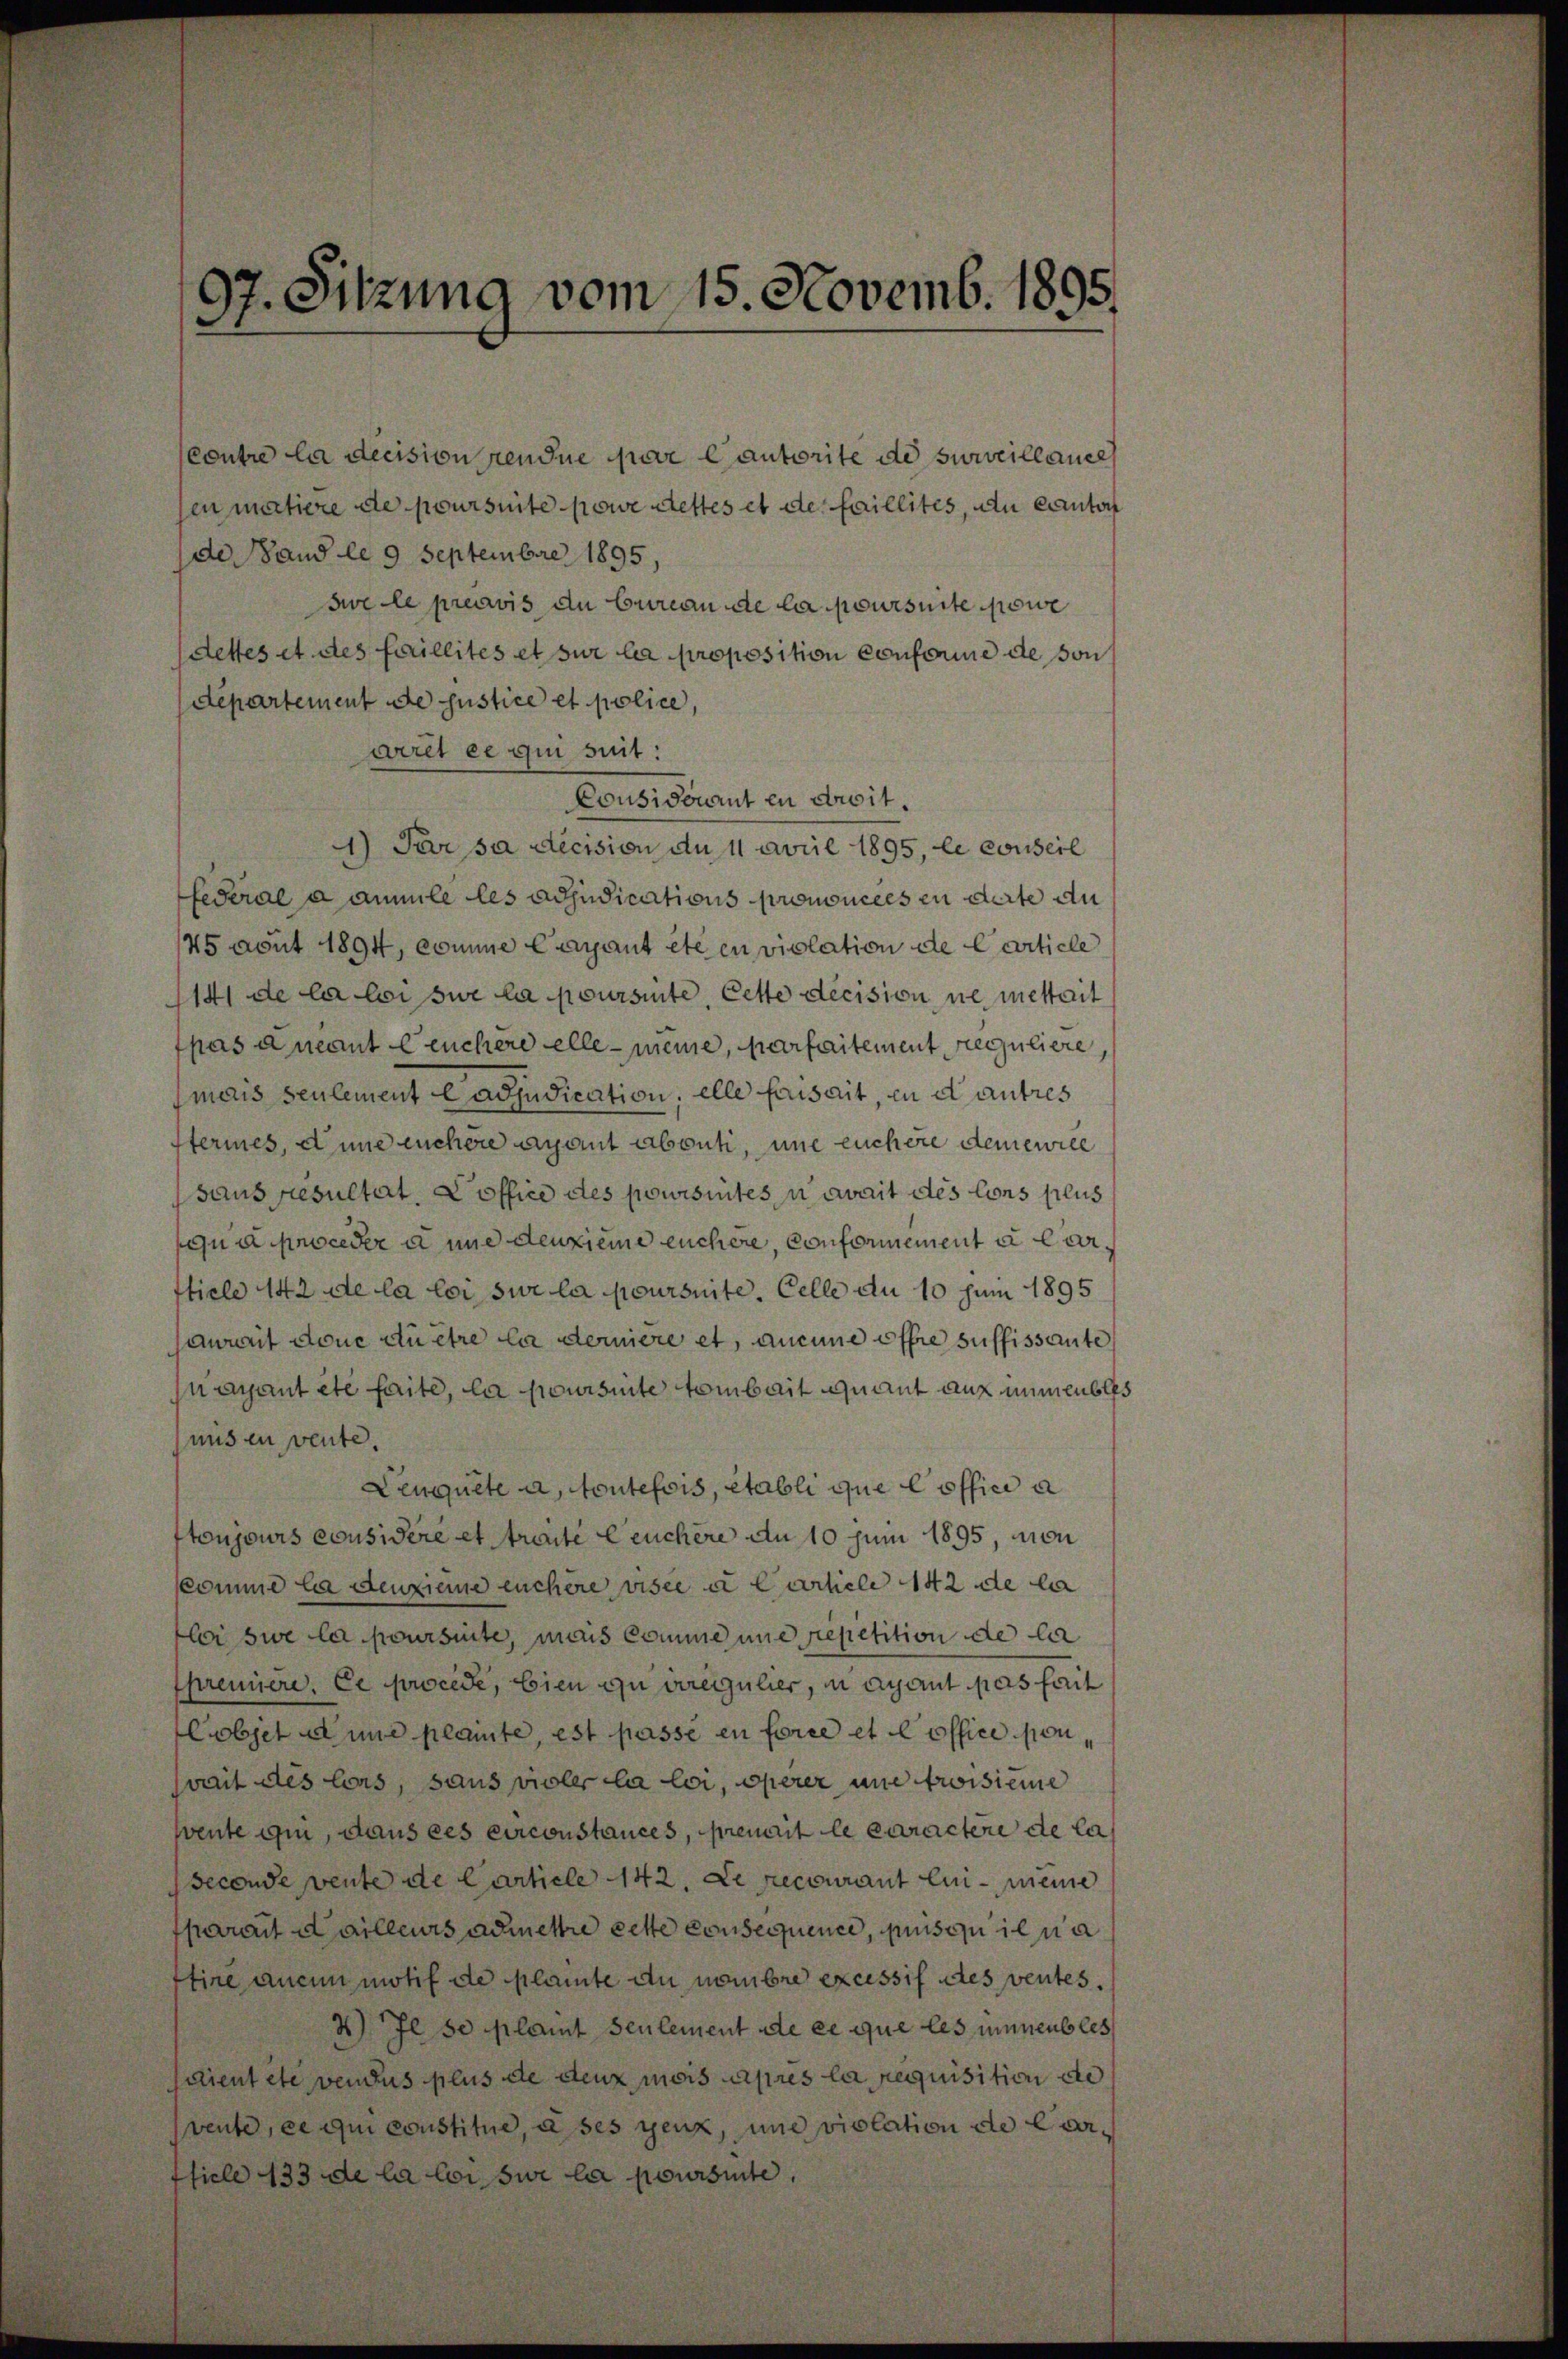
contre la decision rendue par Cantorite de surveillance
jen matiere de poursuite powe Stettes et de faillites, au Canton
de Hand le 9 Septembre 1895,
se le préavis du bureau de la poursuite sowe
dettes et des faillités et sur la proposition conforme de son¬
Departement de justice et police,
viret ce qui suit:
Consident in droit.
1) Par sa decision du 11 April 1895, le conseil
federal a anmile les adjudications prononcées en derte au
45 avut 1894, comme Cayant été en violation de Carticle
141 de la loi sue la poursinte, Cette decision, ne mettait
fpas ancant leuchere elle - meine, parfaitement reguliere
mais seulement ladjudication, elle faisait, in et autres
termes, d und euchere gant abouti, une euchere demewill
saus Resultat. Coffice des poursintes, u zwait des Cons plus
qua proceder à une deuxième euchere, conformement a Carticle 142 de la loi sur la poursuite. Celle du 10 Juni 1895
anweit dene du etre la dernière et, aucune offre suffissante
nayant etc faite, la poursuite tombait quant auf immeubles
mis en vente
Leugnete a toutefois, établi que Coffici a
toujours considère et treite Leuchere an 10 Juni 1895, von
komme la den zieme euchere visee u. Carticle 142 de li
lei sie la poursuite, mais comme une repetition de la
fpremiere. Ce procede, bien zu erregulier, in ayant pas fait
Cobjet seine plante, est passé en force et l’office ponwait des lors, sans vieler la loi, operer une troisieme
wente ii, dans ces circonstances, premit le caractere de la
Seconde vente de Carticle 142. Le recourant ein - meine
parait dailleurs admettre cette consequence, penso il na
Eine anein motif de plainte du membre excessif des ventes.
4Il se plaint seulement de ce que les immeubles
scient etc vendus plus de deux mois après la requisition die
vente, ce qui constitue, à ses genz, und violation de Cartficle 433 de la loi sur la poursinte,

97. Sitzung vom 15. Novemb. 1895.